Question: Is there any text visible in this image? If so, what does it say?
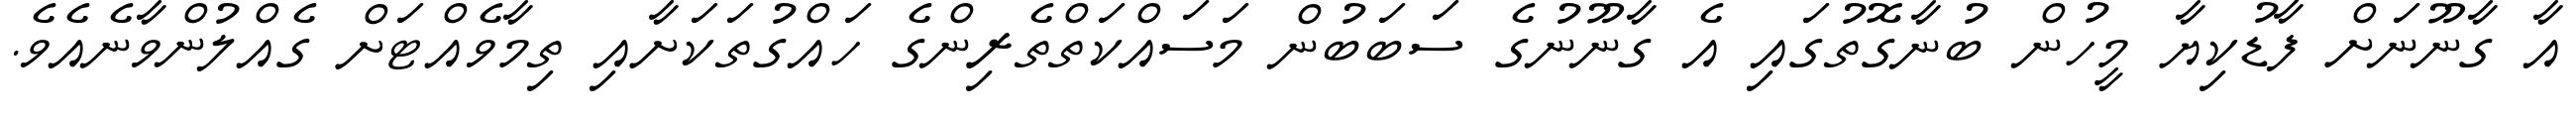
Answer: އާ ގާނޫނަށް ފާޑުކިޔާ މީހުން ބުނާގޮތުގައި އެ ގާނޫނުގެ ސަބަބުން މަސައްކަތްތެރިންގެ ހައްގުތަކަށާއި ތިމާވެއްޓަށް ގެއްލުންވާނެއެވެ.